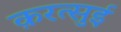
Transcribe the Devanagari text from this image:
क़रत्सुई